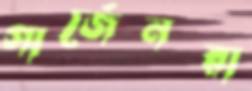
গার্জেনরা